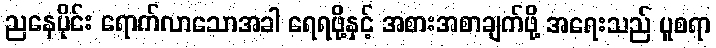
ညနေပိုင်း ရောက်လာသောအခါ ရေရဖို့နှင့် အစားအစာချက်ဖို့ အရေးသည် ပူစရာ